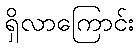
ရှိလာကြောင်း